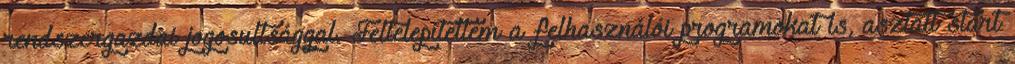
rendszergazdai jogosultsággal. Feltelepítettem a felhasználói programokat is, asztalt start